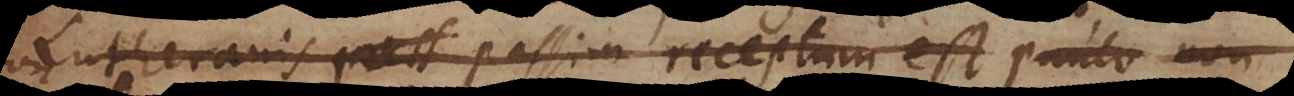
Lutheranis passim receptum est paulo non